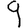
Digit: 9